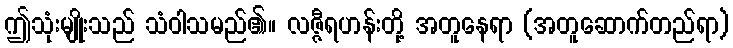
ဤသုံးမျိုးသည် သံဝါသမည်၏။ လဇ္ဇီရဟန်းတို့ အတူနေရာ (အတူဆောက်တည်ရာ)